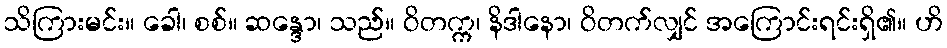
သိကြားမင်း။ ခေါ၊ စစ်။ ဆန္ဒော၊ သည်။ ဝိတက္က၊ နိဒါနော၊ ဝိတက်လျှင် အကြောင်းရင်းရှိ၏။ ဟိ